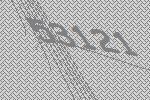
53121